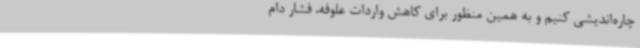
چاره‌اندیشی کنیم و به همین منظور برای کاهش واردات علوفه، فشار دام